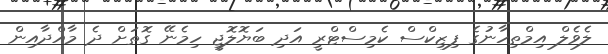
ލެވެލް އިމްތިހާނުގެ ފިޒިކްސް ކެމިސްޓްރީ އަދި ބަޔޮލޮޖީ ހިމެނޭ ގޮތަށް ދެ މާއްދާއިން